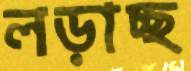
লড়াচ্ছ